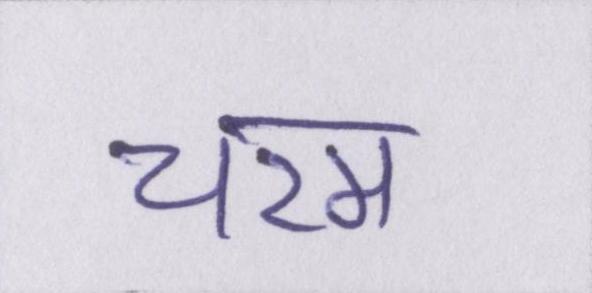
चरम